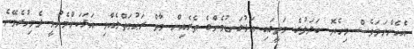
އެހެންނަމަވެސް މިހެޔޮ ބަދަލުގެ މަތީގައި އަޅުގަނޑުމެންގެ ތެރެއިން މާތް ރަޙުމަތްލެއްވި އަޅަކަށްމެނުވީ ދެމިހުރެވޭނެ